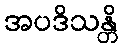
အပဒိသန္တိ